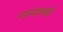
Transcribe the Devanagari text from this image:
नरमदलवादी